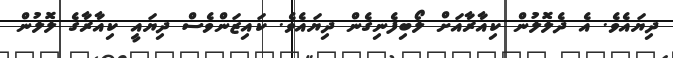
ދިޔައެވެ. އެ ދެލޮލުން ކިއާރާއަށް ލޯބިފެނިގެން ދިޔައެވެ. ކައިޒަންވެސް ދިޔައީ ކިއާރާގެ ލޮލުން